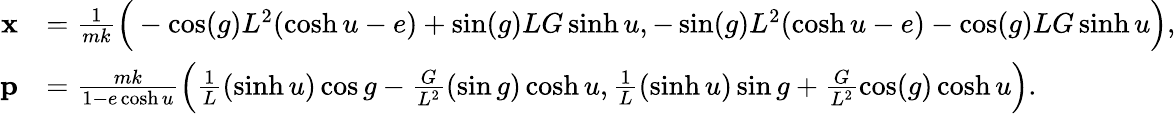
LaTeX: \begin{array}{rl}{\mathbf{x}}&{=\frac{1}{mk}\Big(-\cos(g)L^{2}(\cosh u-e)+\sin(g)LG\sinh u,-\sin(g)L^{2}(\cosh u-e)-\cos(g)LG\sinh u\Big),}\\ {\mathbf{p}}&{=\frac{mk}{1-e\cosh u}\Big(\frac{1}{L}(\sinh u)\cos g-\frac{G}{L^{2}}(\sin g)\cosh u,\frac{1}{L}(\sinh u)\sin g+\frac{G}{L^{2}}\cos(g)\cosh u\Big).}\end{array}